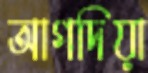
আগদিয়া